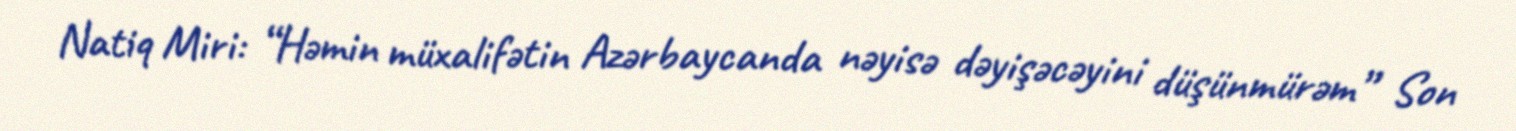
Natiq Miri: “Həmin müxalifətin Azərbaycanda nəyisə dəyişəcəyini düşünmürəm” Son